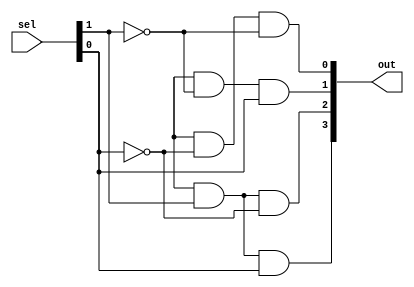
//Design:
module DMUX_1x4(out,sel);
input [1:0]sel;
output [3:0]out;
wire w1,w2,w3,w4,w5,w6;
not n1(w1,sel[0]);
not n2(w2,sel[1]);
and a1(out[0],d,w1,w2);
and a2(out[1],d,w2,sel[0]);
and a3(out[2],d,sel[1],w1);
and a4(out[3],d,sel[1],sel[0]);
endmodule

//Test Bench:

module DMUX_1x4_tb();
reg [1:0]sel;
wire [3:0]out;
DMUX_1x4 d1(out,sel);
initial
begin
$monitor($time," S0=%b S1=%b Y0=%b Y1=%b Y2=%b Y3=%b ",sel[0],sel[1],out[0],out[1],out[2],out[3]);
end
initial
begin
	sel[0]=1'b0; sel[1]=1'b0;
	#5;
	sel[0]=1'b1; sel[1]=1'b0;
	#5;
	sel[0]=1'b0; sel[1]=1'b1;
	#5;
	sel[0]=1'b1; sel[1]=1'b1;
	#5;
end
initial
begin
$dumpfile("dmux_1x4.dump");
$dumpvars(0,DMUX_1x4_tb);
end
endmodule